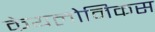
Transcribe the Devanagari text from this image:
केयलोनिकस